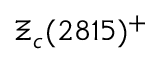
\Xi _ { c } ( 2 8 1 5 ) ^ { + }